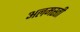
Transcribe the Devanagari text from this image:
अलमस्ती